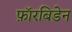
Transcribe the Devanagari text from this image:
फ़ॉरबिडेन